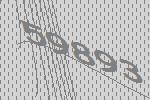
59893